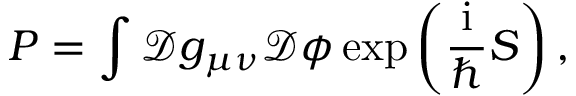
P = \int { \mathcal D } g _ { \mu \nu } { \mathcal D } { \mathcal \phi } \exp \left( \frac { \mathrm { i } } { \hbar } S \right) ,